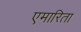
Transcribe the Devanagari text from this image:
एमारिता